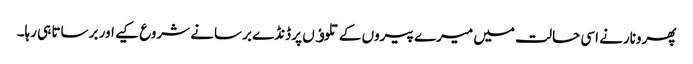
پھرونارنے اسی حالت میں میرے پیروں کے تلوﺅں پر ڈنڈے برسانے شروع کیے اور برساتا ہی رہا۔